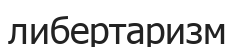
либертаризм